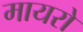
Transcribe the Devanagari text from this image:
मायरो